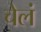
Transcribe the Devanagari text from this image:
चेलं